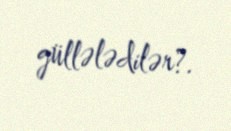
güllələdilər?.